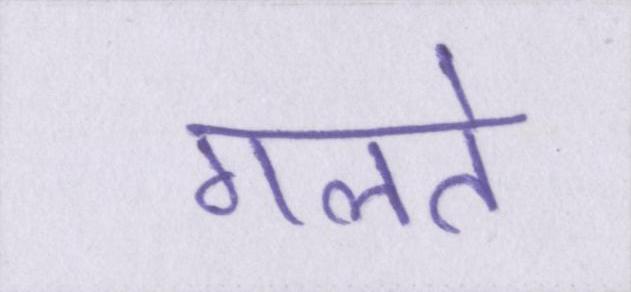
गलते